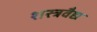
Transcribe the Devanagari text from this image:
शस्त्रवैद्य